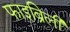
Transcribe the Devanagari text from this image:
फाइब्रिली